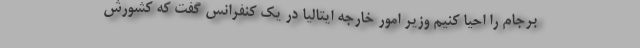
برجام را احیا کنیم وزیر امور خارجه ایتالیا در یک کنفرانس گفت که کشورش